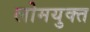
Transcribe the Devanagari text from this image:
लोमयुक्त